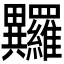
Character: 𤴏